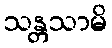
သန္တသာမိ